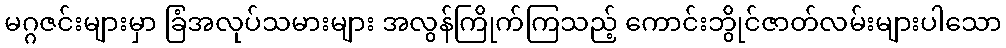
မဂ္ဂဇင်းများမှာ ခြံအလုပ်သမားများ အလွန်ကြိုက်ကြသည့် ကောင်းဘွိုင်ဇာတ်လမ်းများပါသော